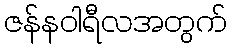
ဇန်နဝါရီလအတွက်